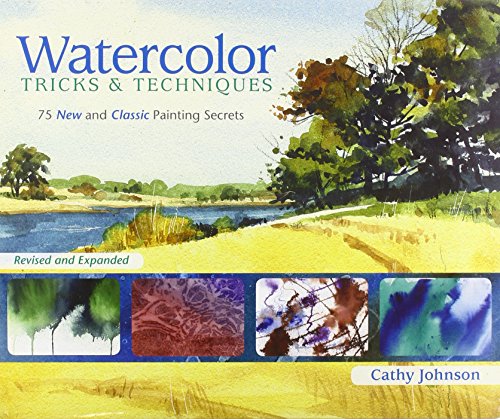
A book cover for Watercolor Tricks & Techniques: 75 New and Classic Painting Secrets; Cathy Johnson; Arts & Photography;